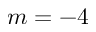
m = - 4